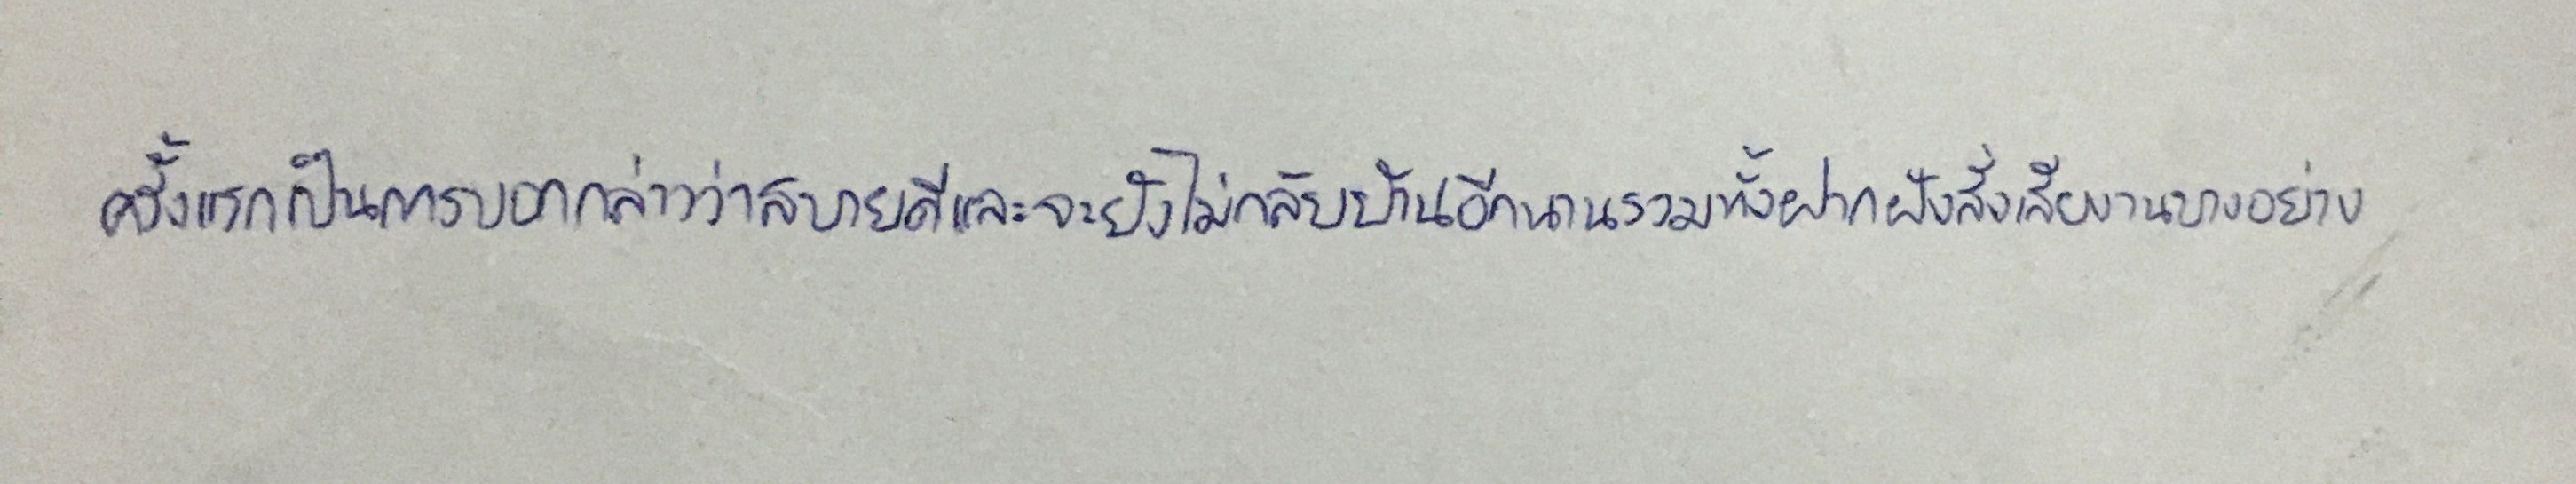
ครั้งแรกเป็นการบอกกล่าวว่าสบายดีและจะยังไม่กลับบ้านอีกนานรวมทั้งฝากฝังสั่งเสียงานบางอย่าง